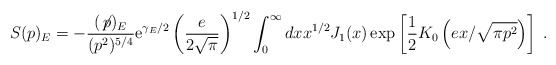
\begin{align*}S(p)_E=-\frac{(\not\! p)_E}{(p^2)^{5/4}}{\rm e}^{\gamma_E/2}\left(\frac{e}{2\sqrt{\pi}}\right)^{1/2}\int_0^{\infty}dx x^{1/2}J_1(x)\exp\left[\frac{1}{2}K_0\left(e x/\sqrt{\pi p^2}\right)\right]\; .\end{align*}